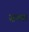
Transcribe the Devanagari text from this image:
सथ्था